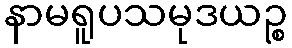
နာမရူပသမုဒယဉ္စ